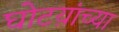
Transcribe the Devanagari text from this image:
घोटय़ांच्या